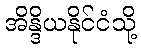
အိန္ဒိယနိုင်ငံသို့